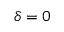
\delta = 0